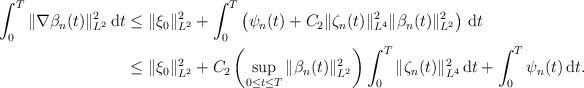
LaTeX: \begin{align*}\int_0^T\|\nabla \beta_n(t)\|^2_{L^2}\, {\rm d}t &\le \|\xi_0\|^2_{L^2}+ \int_0^T \left(\psi_n(t)+C_2 \|\zeta_n(t)\|^2_{L^4} \|\beta_n(t)\|^2_{L^2}\right)\, {\rm d}t\\&\le \|\xi_0\|^2_{L^2}+ C_2\left(\sup_{0 \le t \le T} \|\beta_n(t)\|^2_{L^2}\right)\int_0^T \|\zeta_n(t)\|^2_{L^4}\, {\rm d}t + \int_0^T \psi_n(t)\, {\rm d}t.\end{align*}